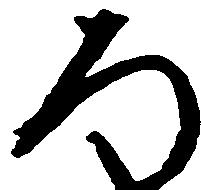
ろ